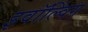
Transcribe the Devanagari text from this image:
इवॉल्विंग